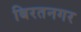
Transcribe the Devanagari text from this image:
बिरतनगर